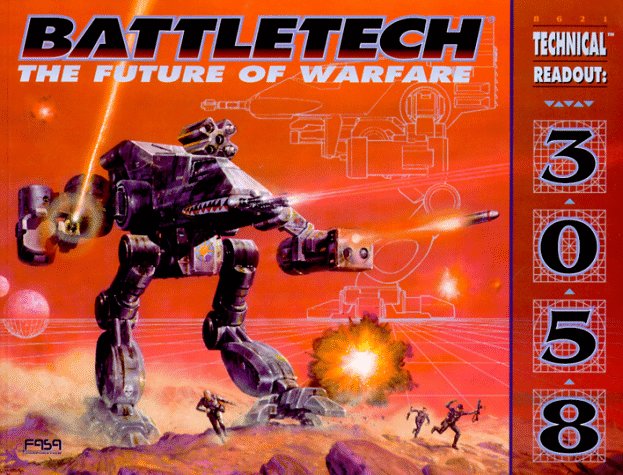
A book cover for BattleTech: The Future of Warfare: Technical Readout 3058; Carl Sargent; Science Fiction & Fantasy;